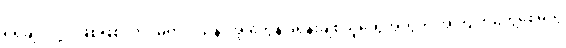
ရရှိချင်လို့ပဲ ဖြစ်ဖြစ်၊ ကင်မရာဝါသနာအိုးတွေနဲ့ ဒရုန်းချစ်သူတွေအတွက် အကြိုက်တွေ့စေမယ့်